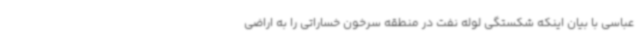
عباسی با بیان اینکه شکستگی لوله نفت در منطقه سرخون خساراتی را به اراضی